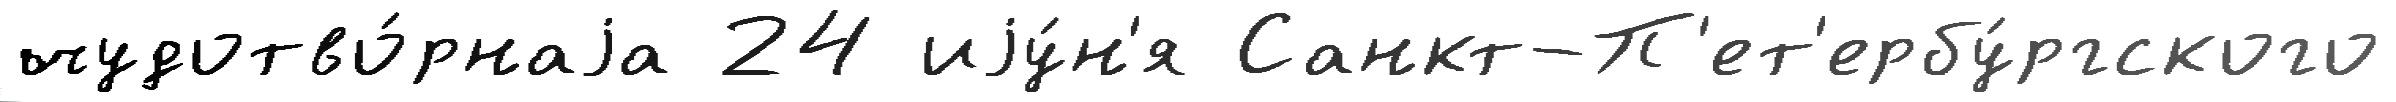
чудотво́рнаjа 24 иjу́н'я Санкт-П'ет'ербу́ргского